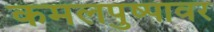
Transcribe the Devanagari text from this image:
कमलपुष्पावर